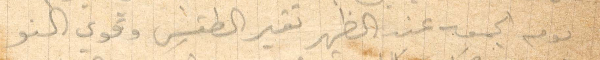
يوم الجمعة عند الظهر تغير الطقس وقوي النو